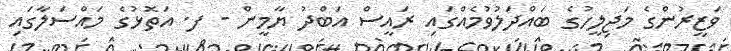
ވަޒީރުންގެ މަޖިލީހުގެ ބައްދަލުވުމެއްގައި ރައީސް އަބްދު ޔާމީން - ފ. އަތޮޅުގެ މައްސަލާގައި